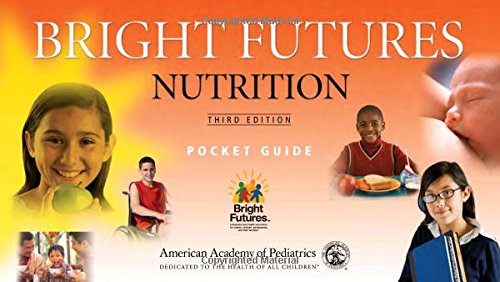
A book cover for Bright Futures Pocket Guide Nutrition; Katrina Holt MPH  MS  RD; Medical Books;